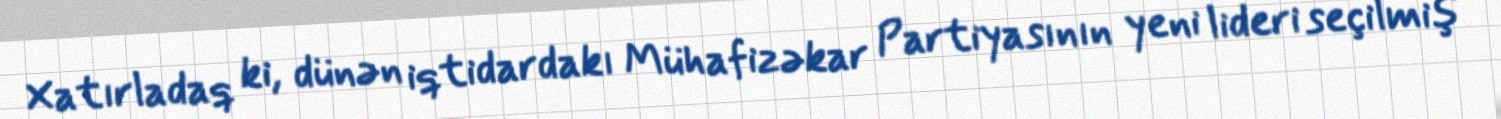
Xatırladaq ki, dünən iqtidardakı Mühafizəkar Partiyasının yeni lideri seçilmiş